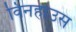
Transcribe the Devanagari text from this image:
विनहाउस